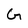
Character: G